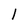
Character: l